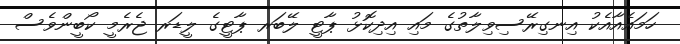
ހަމައެއާއެކު އިނގިރޭސިވިލާތުގެ މައި އިދިކޮޅު ޕާޓީ ލޭބަރ ޕާޓީގެ ލީޑަރ ޖެރެމީ ކޯބީންވެސް